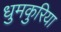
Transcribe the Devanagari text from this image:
धुमकुरिया